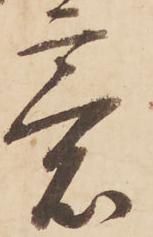
意